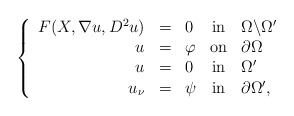
\begin{align*} \left\{\begin{array}{rclcl}F(X, \nabla u, D^2 u) &=& 0 & \mbox{in} & \Omega \backslash \Omega^{\prime}\\u & = & \varphi & \mbox{on} & \partial \Omega\\u & = & 0 & \mbox{in} & \Omega^{\prime}\\u_{\nu} & = & \psi &\mbox{in} & \partial \Omega^{\prime},\end{array}\right.\end{align*}